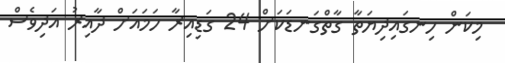
މިކަން ހިނގައިދިޔަތާ ގާތްގަނޑަކަށް 24 ގަޑިއިރާ ހަމައަށް ދާއިރު އަދިވެސް